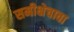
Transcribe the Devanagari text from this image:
समीक्षेचावा